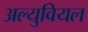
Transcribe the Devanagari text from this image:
अल्युवियल